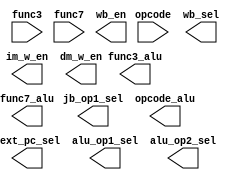
module Controller ( 
    input [4:0]  opcode, 
    input [2:0]  func3, 
    input        func7,
    output       next_pc_sel,
    output [3:0] im_w_en,
    output       wb_en,
    output       jb_op1_sel,
    output       alu_op1_sel,
    output       alu_op2_sel,
    output [4:0]  opcode_alu, 
    output [2:0]  func3_alu, 
    output        func7_alu,
    output       wb_sel,
    output [3:0] dm_w_en,
);

endmodule